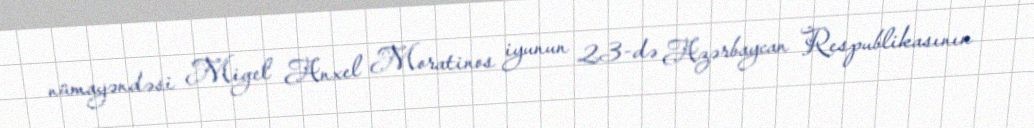
nümayəndəsi Migel Anxel Moratinos iyunun 23-də Azərbaycan Respublikasının